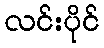
လင်းပိုင်